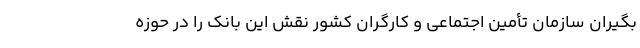
بگیران سازمان تأمین اجتماعی و کارگران کشور نقش این بانک را در حوزه